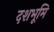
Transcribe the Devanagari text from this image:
दशभूमि